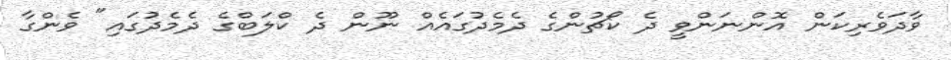
ވާދަވެރިކަން އޮންނަންވީ ދެ ކޯޗުންގެ ދެމެދުގައެއް ނޫން ދެ ކްލަބްގެ ދެމެދުގައި" ވެންގާ